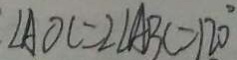
\angle A O C = 2 \angle A B C = 1 2 0 ^ { \circ }